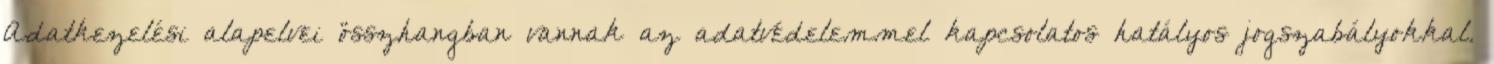
Adatkezelési alapelvei összhangban vannak az adatvédelemmel kapcsolatos hatályos jogszabályokkal.